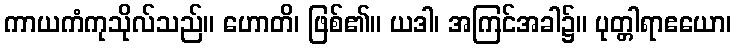
ကာယကံကုသိုလ်သည်။ ဟောတိ၊ ဖြစ်၏။ ယဒါ၊ အကြင်အခါ၌။ ပုတ္တါရာဧယော၊